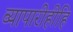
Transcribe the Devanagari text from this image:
व्यापारीहीहि